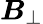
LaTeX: \boldsymbol{B}_{\perp}